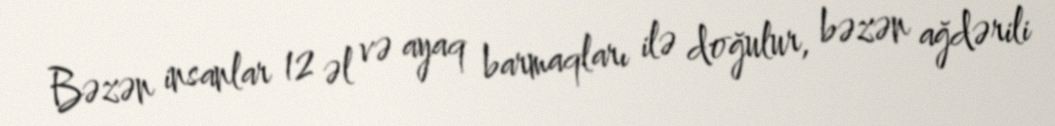
Bəzən insanlar 12 əl və ayaq barmaqları ilə doğulur, bəzən ağdərili